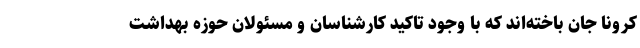
کرونا جان باخته‌اند که با وجود تاکید کارشناسان و مسئولان حوزه بهداشت